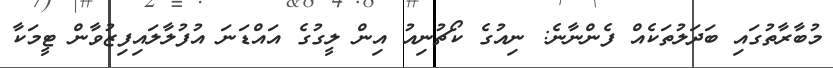
މުބާރާތުގައި ބަދަލުތަކެއް ފެންނާނެ: ނިއުގެ ކޯޗުނިއު އިން ލީގުގެ އައްޑަނަ އުފުލާލައިފިޒުވާން ޓީމަކާ